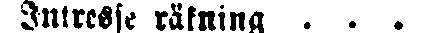
Intresse räkning . . .